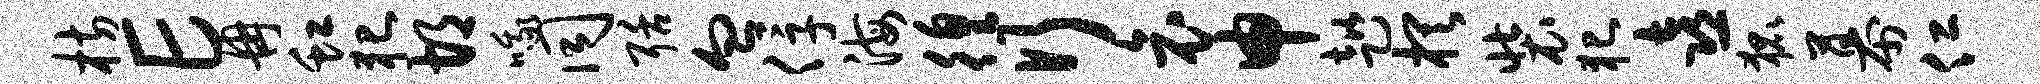
枋E冉虹犯胡哦同聒血俘海徨行哀申趑棋装犯喜狐幕仁